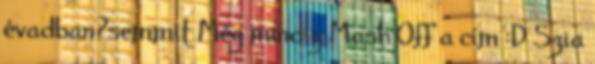
évadban?semmit Még mindig Mash Off a cím :D Szia